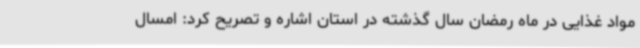
مواد غذایی در ماه رمضان سال گذشته در استان اشاره و تصریح کرد: امسال